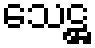
သေဋ္ဌ